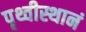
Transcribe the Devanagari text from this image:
पृथ्वीस्थानं